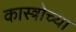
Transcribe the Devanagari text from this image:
कास्त्रोच्या